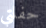
حفلتي